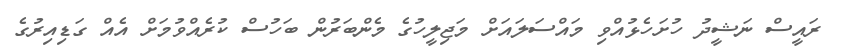
ރައީސް ނަޝީދު ހުށަހެޅުއްވި މައްސަލައަށް މަޖިލީހުގެ މެންބަރުން ބަހުސް ކުރެއްވުމަށް އެއް ގަޑިއިރުގެ